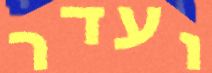
ועדר